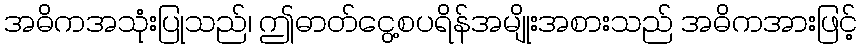
အဓိကအသုံးပြုသည်၊ ဤဓာတ်ငွေ့စပရိန်အမျိုးအစားသည် အဓိကအားဖြင့်